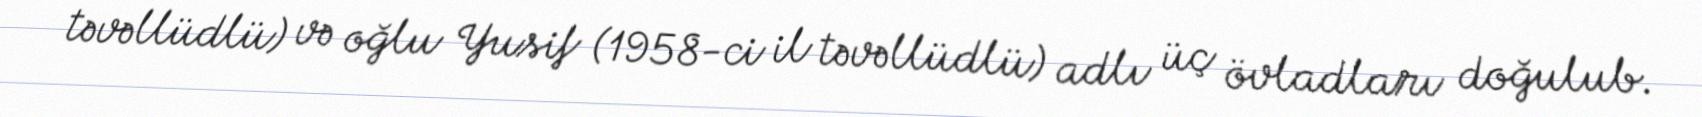
təvəllüdlü) və oğlu Yusif (1958-ci il təvəllüdlü) adlı üç övladları doğulub.